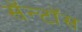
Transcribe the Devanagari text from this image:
सॅन्टाॅस